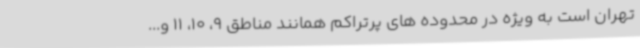
تهران است به ویژه در محدوده های پرتراکم همانند مناطق 9، 10، 11 و...